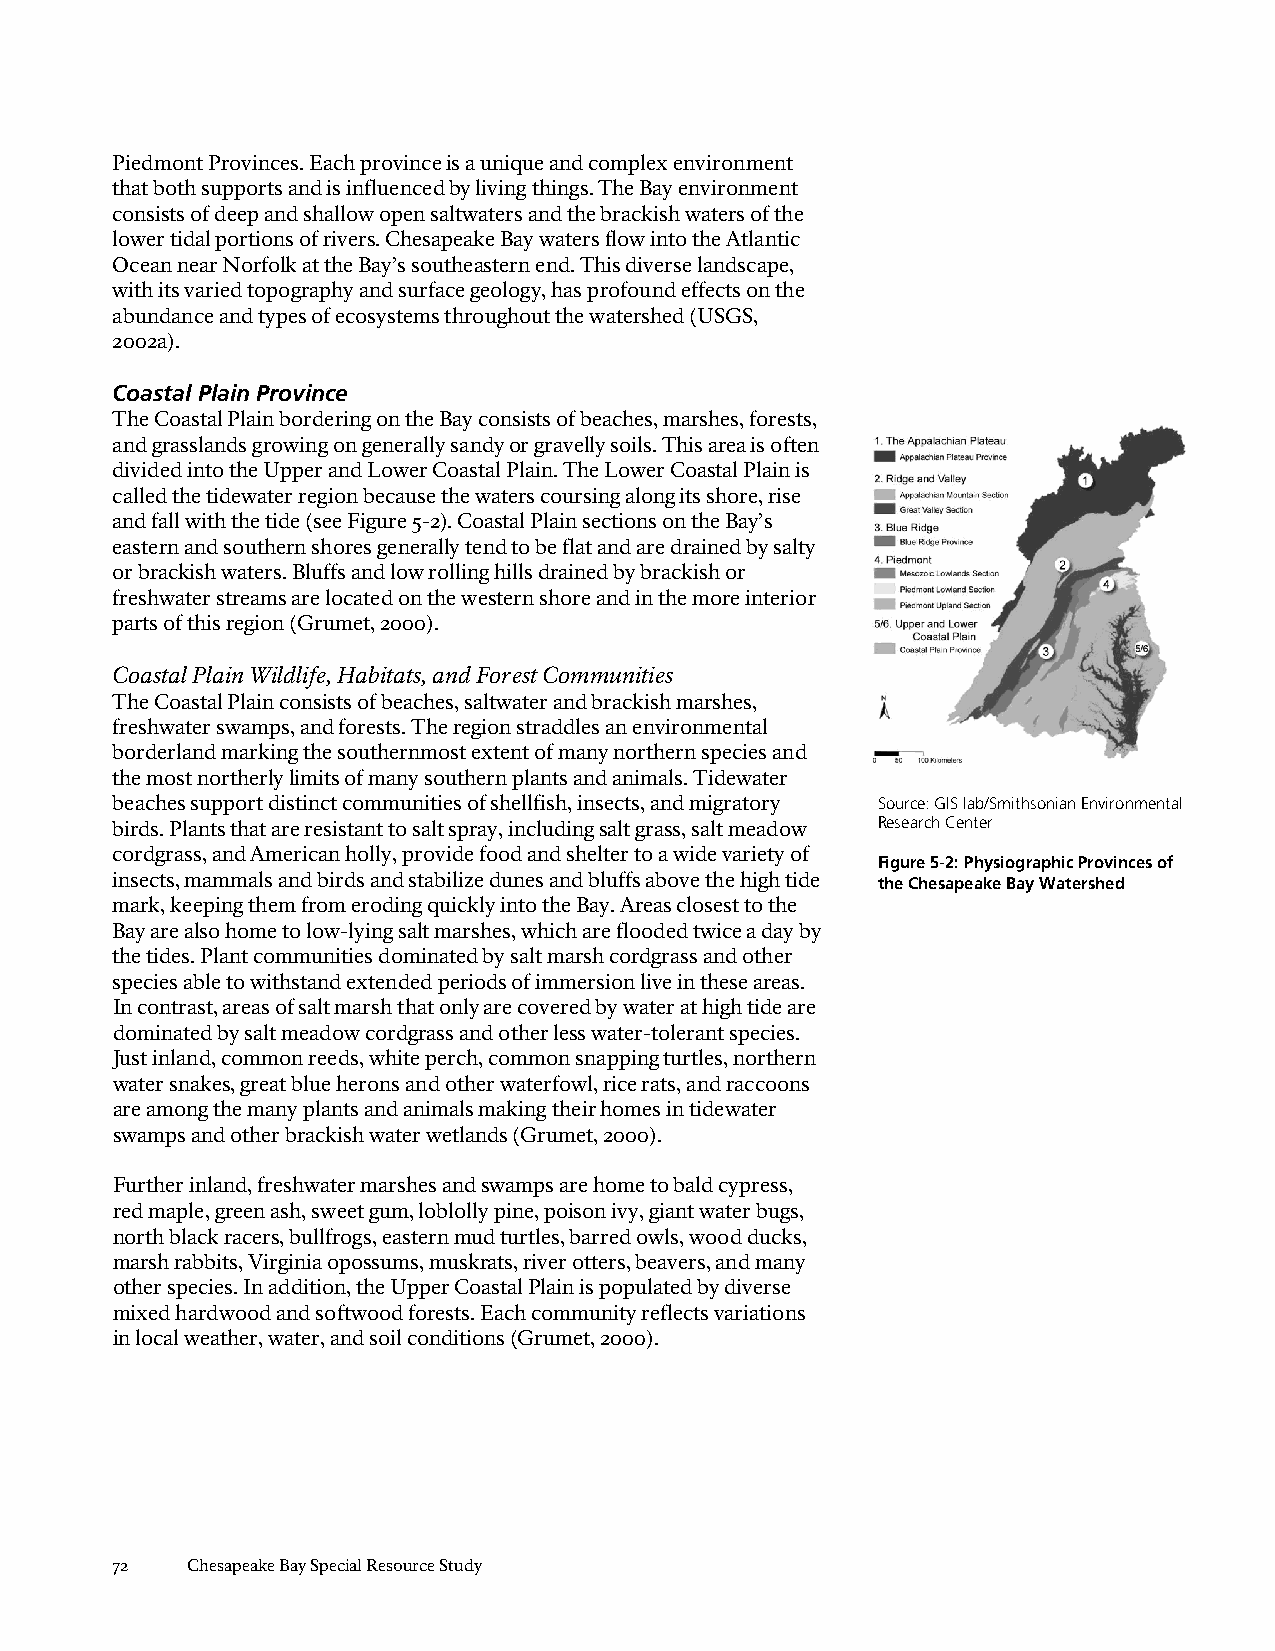
Piedmont Provinces. Each province is a unique and complex environment
 that both supports and is influenced by living things. The Bay environment
 consists of deep and shallow open saltwaters and the brackish waters of the
 lower tidal portions of rivers. Chesapeake Bay waters flow into the Atlantic
 Ocean near Norfolk at the Bay’s southeastern end. This diverse landscape,
 with its varied topography and surface geology, has profound effects on the
 abundance and types of ecosystems throughout the watershed (USGS,
 2002a).
 Coastal Plain Province
 The Coastal Plain bordering on the Bay consists of beaches, marshes, forests,
 and grasslands growing on generally sandy or gravelly soils. This area is often
 divided into the Upper and Lower Coastal Plain. The Lower Coastal Plain is
 called the tidewater region because the waters coursing along its shore, rise
 and fall with the tide (see Figure 5-2). Coastal Plain sections on the Bay’s
 eastern and southern shores generally tend to be flat and are drained by salty
 or brackish waters. Bluffs and low rolling hills drained by brackish or
 freshwater streams are located on the western shore and in the more interior
 parts of this region (Grumet, 2000).
 Coastal Plain Wildlife, Habitats, and Forest Communities
 The Coastal Plain consists of beaches, saltwater and brackish marshes,
 freshwater swamps, and forests. The region straddles an environmental
 borderland marking the southernmost extent of many northern species and
 the most northerly limits of many southern plants and animals. Tidewater
 beaches support distinct communities of shellfish, insects, and migratory Source: GIS lab/Smithsonian Environmental
 birds. Plants that are resistant to salt spray, including salt grass, salt meadow Research Center
 cordgrass, and American holly, provide food and shelter to a wide variety of
 Figure 5-2: Physiographic Provinces of
 insects, mammals and birds and stabilize dunes and bluffs above the high tide the Chesapeake Bay Watershed
 mark, keeping them from eroding quickly into the Bay. Areas closest to the
 Bay are also home to low-lying salt marshes, which are flooded twice a day by
 the tides. Plant communities dominated by salt marsh cordgrass and other
 species able to withstand extended periods of immersion live in these areas.
 In contrast, areas of salt marsh that only are covered by water at high tide are
 dominated by salt meadow cordgrass and other less water-tolerant species.
 Just inland, common reeds, white perch, common snapping turtles, northern
 water snakes, great blue herons and other waterfowl, rice rats, and raccoons
 are among the many plants and animals making their homes in tidewater
 swamps and other brackish water wetlands (Grumet, 2000).
 Further inland, freshwater marshes and swamps are home to bald cypress,
 red maple, green ash, sweet gum, loblolly pine, poison ivy, giant water bugs,
 north black racers, bullfrogs, eastern mud turtles, barred owls, wood ducks,
 marsh rabbits, Virginia opossums, muskrats, river otters, beavers, and many
 other species. In addition, the Upper Coastal Plain is populated by diverse
 mixed hardwood and softwood forests. Each community reflects variations
 in local weather, water, and soil conditions (Grumet, 2000).
 72   Chesapeake Bay Special Resource Study